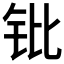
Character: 𬬫